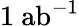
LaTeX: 1~\mathrm{{ab}}^{-1}